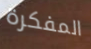
المفكرة